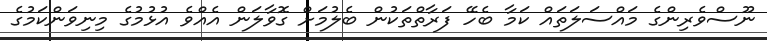
ނޫސްވެރިންގެ މައްސަލަތައް ކަމާ ބެހޭ ފަރާތްތަކުން ބެލުމަށް ގޮވާލަން އެއްވެ އުޅުމުގެ މިނިވަންކަމުގެ